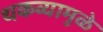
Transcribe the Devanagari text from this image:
थकव्यामुळे